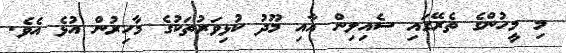
މި މީހުންގެ ތެރޭގައި ސެއިލިން އާއި މޫދު ކުޅިވަރުތަކުގެ މާހިރުން އުޅެ އެވެ.